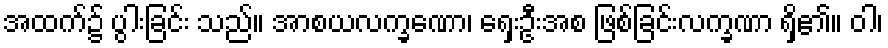
အထက်၌ ပွါးခြင်း သည်။ အာစယလက္ခဏော၊ ရှေးဦးအစ ဖြစ်ခြင်းလက္ခဏာ ရှိ၏။ ဝါ၊